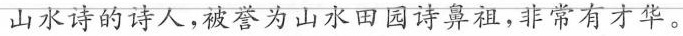
山水诗的诗人，被誉为山水田园诗鼻祖，非常有才华。